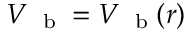
V _ { \mathrm { ~ \scriptsize ~ b ~ } } = V _ { \mathrm { ~ \scriptsize ~ b ~ } } ( r )